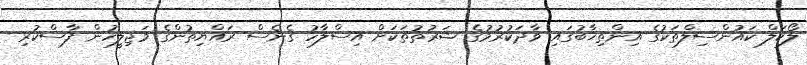
ލޯކަލް ކައުންސިލްތަކުގެ އިންތިޚާބުގައި ވާދަކުރުމުގެ ޝަރުތުތަކަށް އިސްލާހު ގެނެސް ރައްޔިތުންގެ މަޖިލީހުން ފާސްކުރި